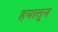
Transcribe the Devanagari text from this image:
हयातुन